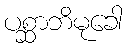
ပစ္ဆာဘိမုခေါ